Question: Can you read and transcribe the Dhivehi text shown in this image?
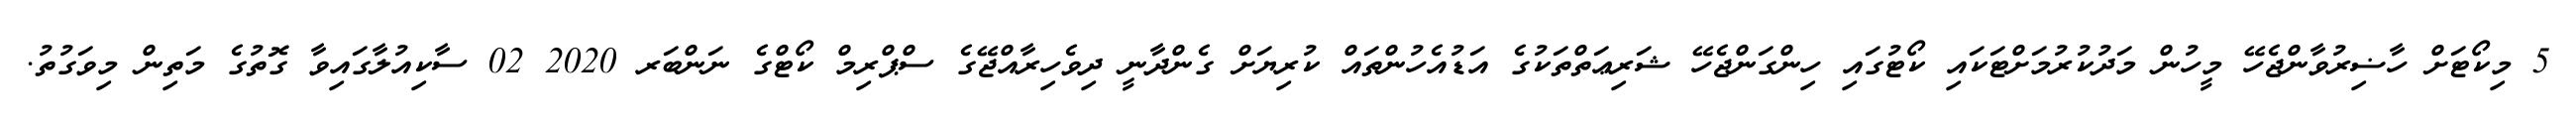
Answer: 5 މިކޯޓަށް ހާޟިރުވާންޖެހޭ މީހުން މަދުކުރުމަށްޓަކައި ކޯޓުގައި ހިންގަންޖެހޭ ޝަރިޢަތްތަކުގެ އަޑުއެހުންތައް ކުރިޔަށް ގެންދާނީ ދިވެހިރާއްޖޭގެ ސްޕްރިމް ކޯޓްގެ ނަންބަރ 2020 02 ސާކިއުލާގައިވާ ގޮތުގެ މަތިން މިވަގުތު.